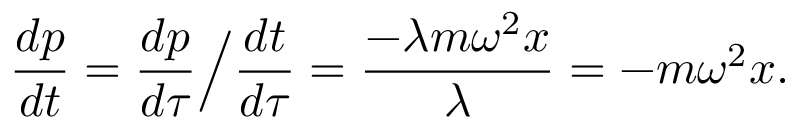
{ \frac { d p } { d t } } = { \frac { d p } { d \tau } } { \Big / } { \frac { d t } { d \tau } } = { \frac { - \lambda m \omega ^ { 2 } x } { \lambda } } = - m \omega ^ { 2 } x .